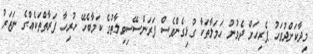
މިދާކަށްދުވަހު ޕެރިހަށް ދެވުނު ހަމަލާތަކާ ގުޅިގެންވެސް ފަރަންސޭސިވިލާތުގެ ކަމާބެހޭ ހުރިހާ ފަރާތްތަކެއްގެ ނަޒަރު